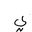
Letter: _ya